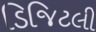
ડિજિટલી